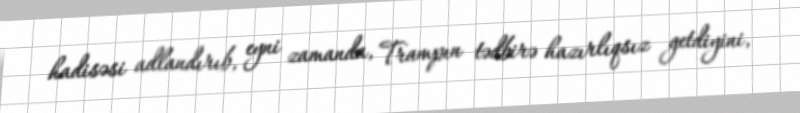
hadisəsi adlandırıb, eyni zamanda, Trampın tədbirə hazırlıqsız getdiyini,